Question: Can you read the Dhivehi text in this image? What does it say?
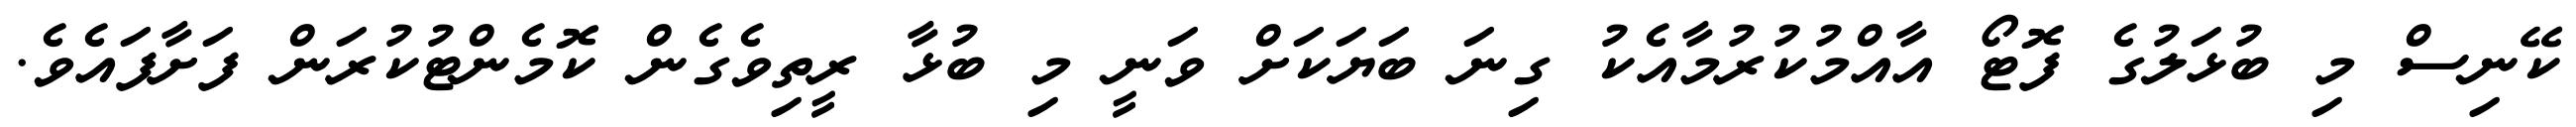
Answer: ކޭނިސް މި ބުޅަލުގެ ފޮޓޯ އާއްމުކުރުމާއެކު ގިނަ ބަޔަކަށް ވަނީ މި ބުޅާ ރީތިވެގެން ކޮމެންޓުކުރަން ފަށާފައެވެ.